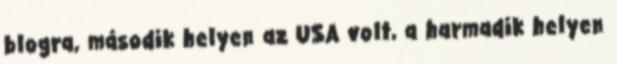
blogra, második helyen az USA volt, a harmadik helyen